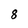
Character: 8